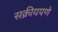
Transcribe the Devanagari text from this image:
सक्रीयपणे